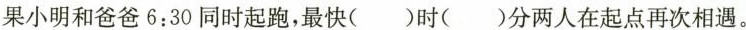
果小明和爸爸6:30同时起跑，最快()时()分两人在起点再次相遇。